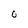
Character: O